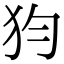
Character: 𤜼